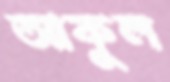
আকুল